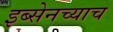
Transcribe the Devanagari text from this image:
इब्सेनच्याच